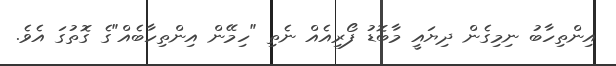
އިންތިހާބު ނިމިގެން ދިޔައީ މާބޮޑު ފޯރިއެއް ނެތި "ހިމޭން އިންތިހާބެއް"ގެ ގޮތުގަ އެވެ.